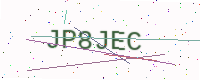
Text: JP8JEC